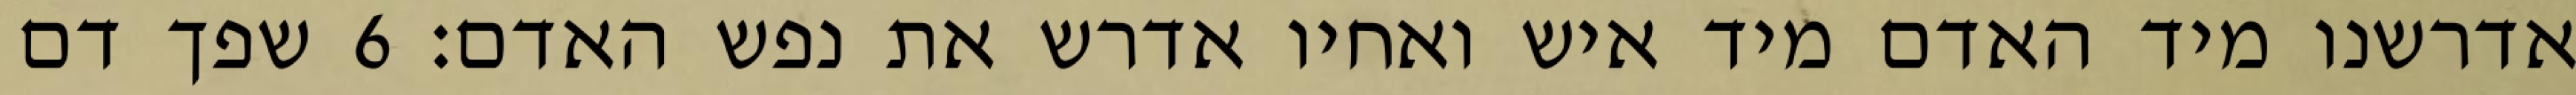
אדרשנו מיד האדם מיד איש ואחיו אדרש את נפש האדם׃ ‎6‏ שפך דם